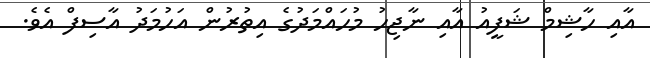
އާއި ހާޝިމް ޝަފީއު އާއި ނާޖިހު މުހައްމަދުގެ އިތުރުން އަހުމަދު އާސިފް އެވެ.